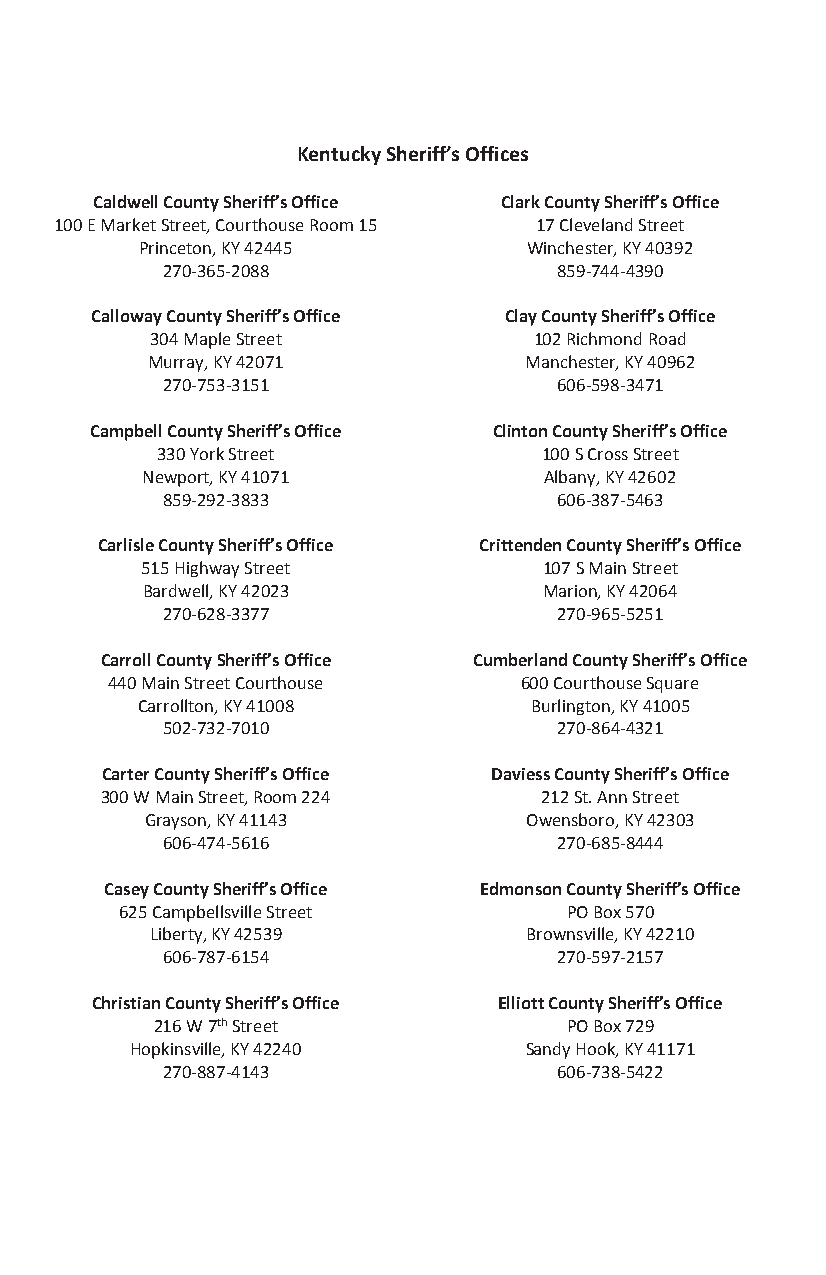
Kentucky Sheriff’s Offices
 Caldwell County Sheriff’s Office Clark County Sheriff’s Office
 100 E Market Street, Courthouse Room 15 17 Cleveland Street
 Princeton, KY 42445       Winchester, KY 40392
 270-365-2088              859-744-4390
 Calloway County Sheriff’s Office Clay County Sheriff’s Office
 304 Maple Street         102 Richmond Road
 Murray, KY 42071         Manchester, KY 40962
 270-753-3151              606-598-3471
 Campbell County Sheriff’s Office Clinton County Sheriff’s Office
 330 York Street           100 S Cross Street
 Newport, KY 41071          Albany, KY 42602
 859-292-3833              606-387-5463
 Carlisle County Sheriff’s Office Crittenden County Sheriff’s Office
 515 Highway Street         107 S Main Street
 Bardwell, KY 42023         Marion, KY 42064
 270-628-3377              270-965-5251
 Carroll County Sheriff’s Office Cumberland County Sheriff’s Office
 440 Main Street Courthouse 600 Courthouse Square
 Carrollton, KY 41008      Burlington, KY 41005
 502-732-7010              270-864-4321
 Carter County Sheriff’s Office Daviess County Sheriff’s Office
 300 W Main Street, Room 224  212 St. Ann Street
 Grayson, KY 41143        Owensboro, KY 42303
 606-474-5616              270-685-8444
 Casey County Sheriff’s Office Edmonson County Sheriff’s Office
 625 Campbellsville Street    PO Box 570
 Liberty, KY 42539        Brownsville, KY 42210
 606-787-6154              270-597-2157
 Christian County Sheriff’s Office Elliott County Sheriff’s Office
 216 W 7th Street           PO Box 729
 Hopkinsville, KY 42240    Sandy Hook, KY 41171
 270-887-4143              606-738-5422